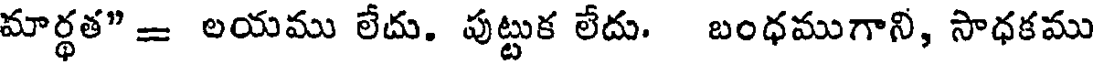
మార్థత" = లయము లేదు. పుట్టుక లేదు. బంధముగాని, సాధకము